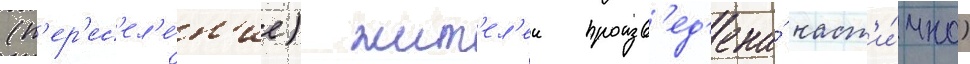
(п'ер'ес'ел'е́н'ие) жит'ел'еи произв'ед'ена́ част'и́чно)